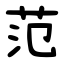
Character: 范